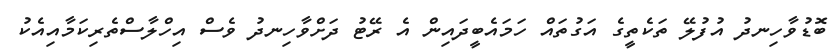
ބޮޑުވާހިނދު އުފުލޭ ތަކެތީގެ އަގުތައް ހަމައެބީދައިން އެ ރޭޓު ދަށްވާހިނދު ވެސް އިހްލާސްތެރިކަމާއިއެކު